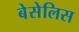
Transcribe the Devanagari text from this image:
बेसेलिस